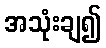
အသုံးချ၍